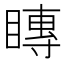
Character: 䁣